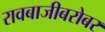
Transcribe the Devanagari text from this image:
रावबाजीबरोबर